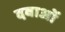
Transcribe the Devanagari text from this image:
दवाअों